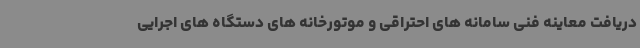
دریافت معاینه فنی سامانه های احتراقی و موتورخانه های دستگاه های اجرایی